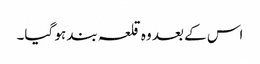
اس کے بعد وہ قلعہ بند ہو گیا۔